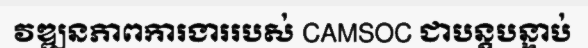
វឌ្ឍនភាពការងាររបស់ CAMSOC ជាបន្តបន្ទាប់